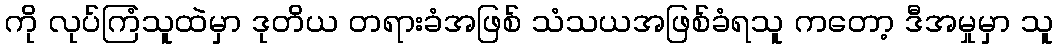
ကို လုပ်ကြံသူထဲမှာ ဒုတိယ တရားခံအဖြစ် သံသယအဖြစ်ခံရသူ ကတော့ ဒီအမှုမှာ သူ